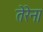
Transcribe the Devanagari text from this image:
तेरेना